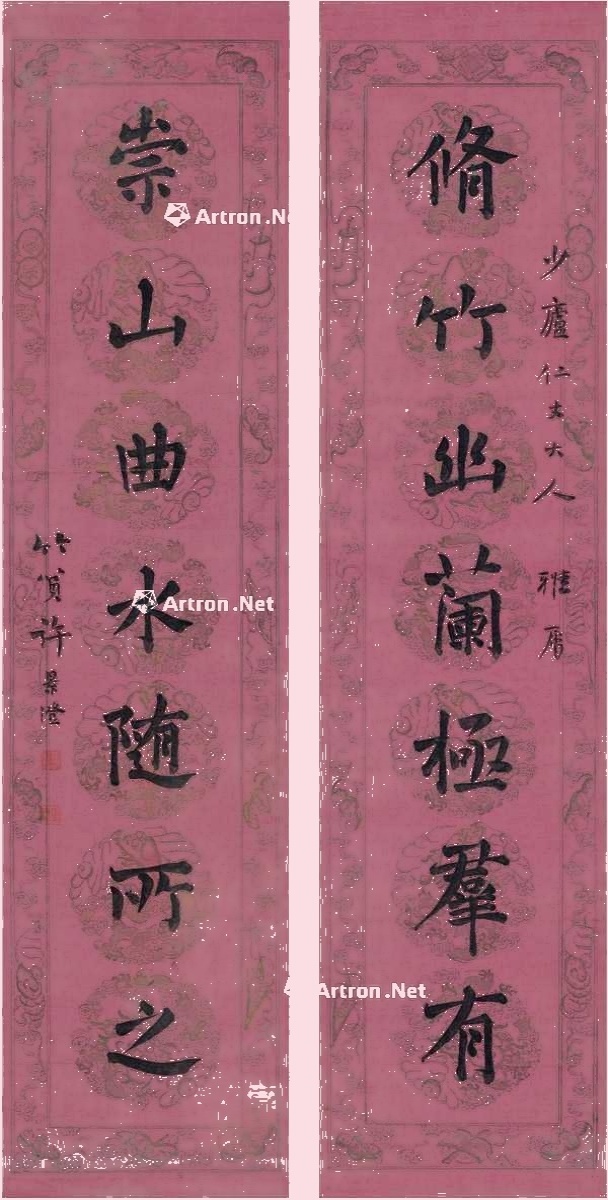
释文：修竹幽兰极群有，崇山曲水随所之。少庐仁丈大人雅属，竹筼许景澄。